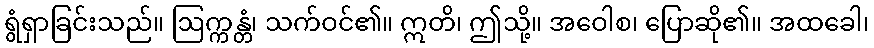
ရွံရှာခြင်းသည်။ ဩက္ကန္တံ၊ သက်ဝင်၏။ ဣတိ၊ ဤသို့။ အဝေါစ၊ ပြောဆို၏။ အထခေါ၊